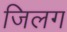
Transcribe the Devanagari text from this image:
जिलग